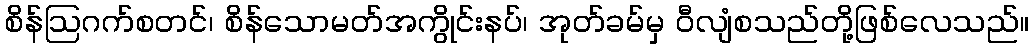
စိန်ဩဂက်စတင်၊ စိန်သောမတ်အကွိုင်းနပ်၊ အုတ်ခမ်မှ ဝီလျံစသည်တို့ဖြစ်လေသည်။